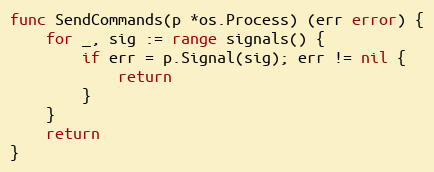
Language: Go
func SendCommands(p *os.Process) (err error) {
	for _, sig := range signals() {
		if err = p.Signal(sig); err != nil {
			return
		}
	}
	return
}